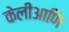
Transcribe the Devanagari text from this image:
केलीआणि